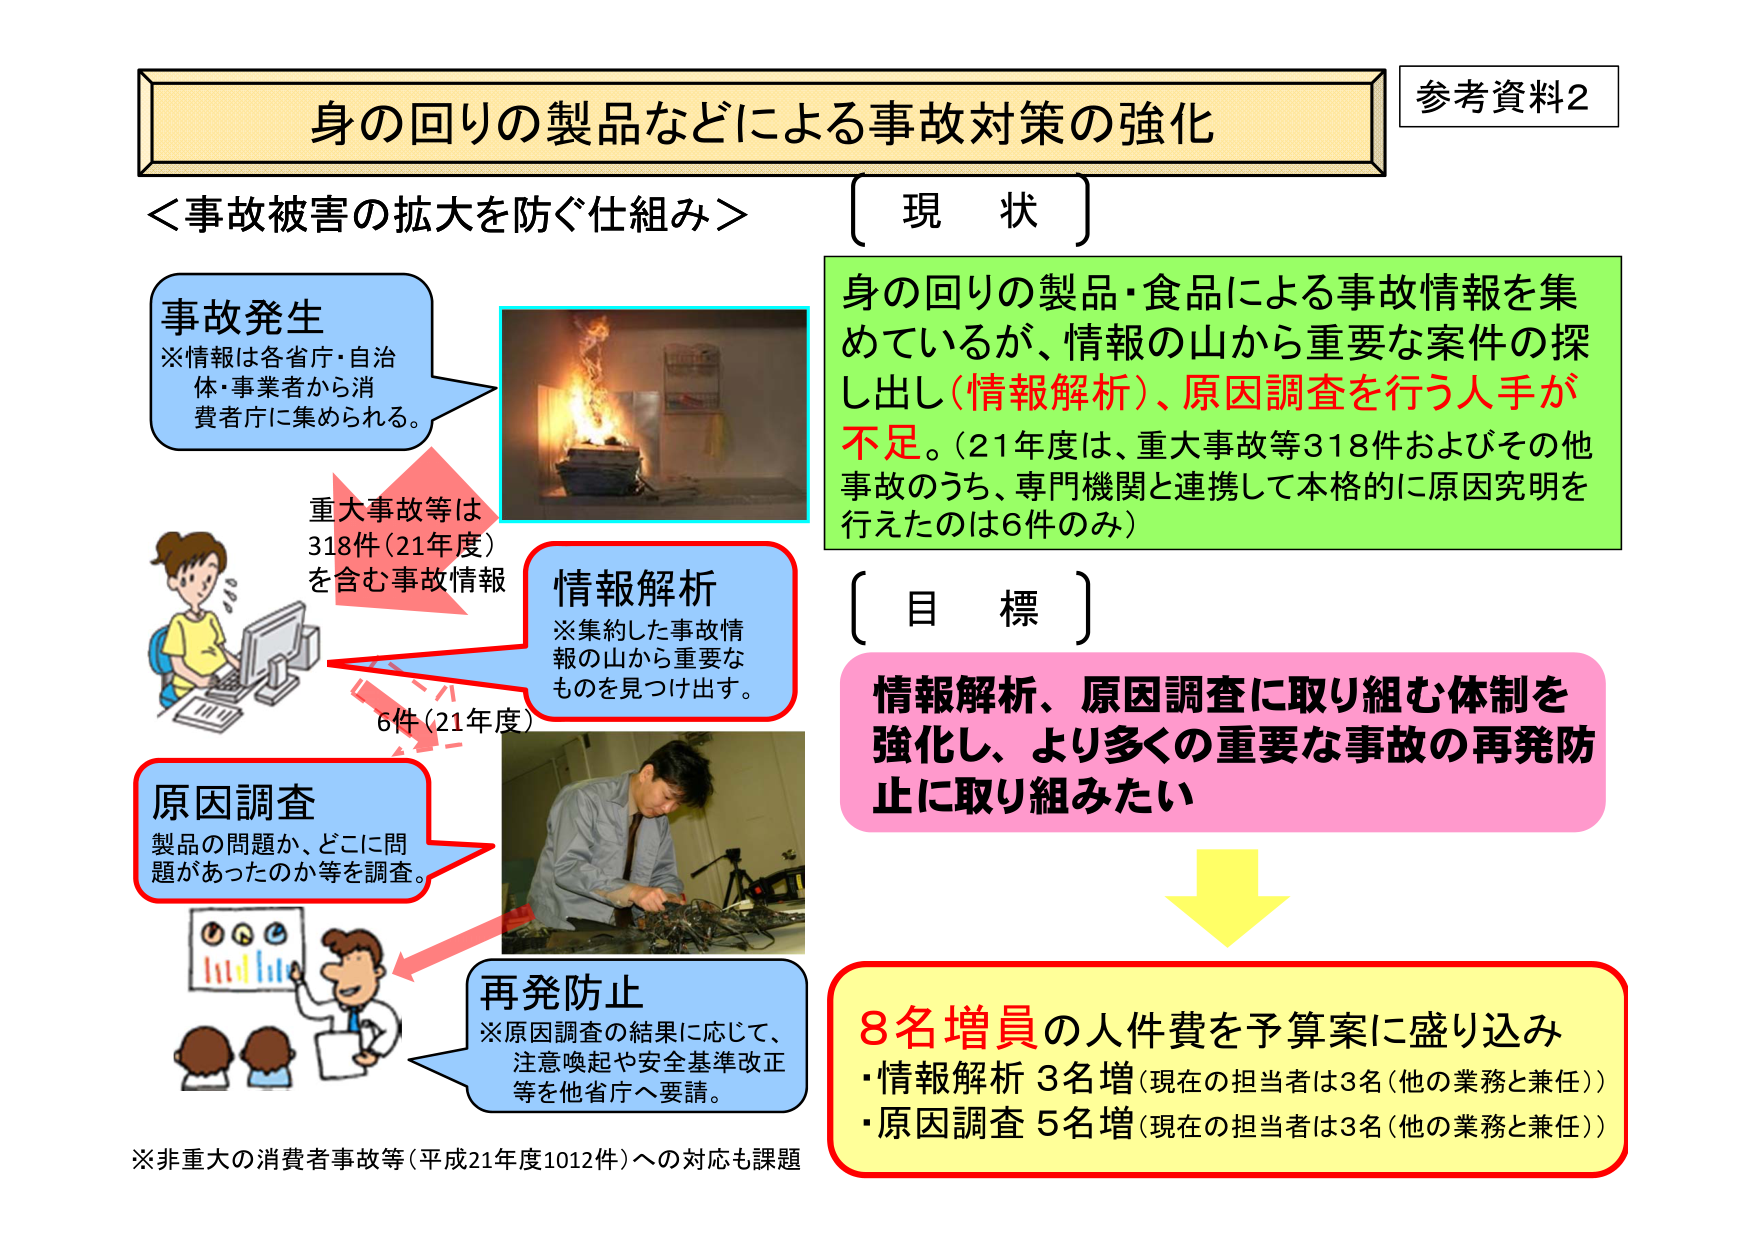
身の回りの製品などによる事故対策の強化
参考資料2

＜事故被害の拡大を防ぐ仕組み＞

事故発生
※情報は各省庁・自治体・事業者から消費者庁に集められる。

重大事故等は
318件（21年度）
を含む事故情報

情報解析
※集約した事故情報の山から重要なものを見つけ出す。

6件（21年度）

原因調査
製品の問題か、どこに問題があったのか等を調査。

再発防止
※原因調査の結果に応じて、注意喚起や安全基準改正等を他省庁へ要請。

※非重大の消費者事故等（平成21年度1012件）への対応も課題

〔現 状〕
身の回りの製品・食品による事故情報を集めているが、情報の山から重要な案件の探し出し（情報解析）、原因調査を行う人手が不足。（21年度は、重大事故等318件およびその他事故のうち、専門機関と連携して本格的に原因究明を行えたのは6件のみ）

〔目 標〕
情報解析、原因調査に取り組む体制を強化し、より多くの重要な事故の再発防止に取り組みたい

8名増員の人件費を予算案に盛り込み
・情報解析 3名増（現在の担当者は3名（他の業務と兼任））
・原因調査 5名増（現在の担当者は3名（他の業務と兼任））